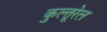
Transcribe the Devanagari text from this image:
कुल्तूरेल